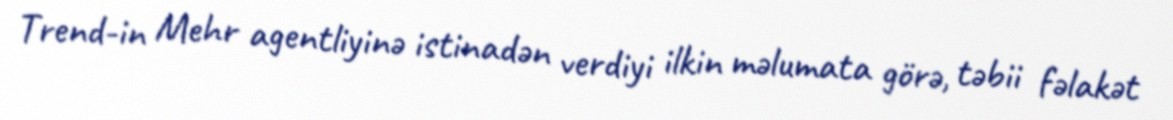
Trend-in Mehr agentliyinə istinadən verdiyi ilkin məlumata görə, təbii fəlakət